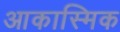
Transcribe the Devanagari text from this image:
आकास्मिक